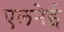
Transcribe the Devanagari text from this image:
एलनेई